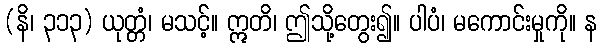
(နိ၊ ၃၁၃) ယုတ္တံ၊ မသင့်။ ဣတိ၊ ဤသို့တွေး၍။ ပါပံ၊ မကောင်းမှုကို။ န